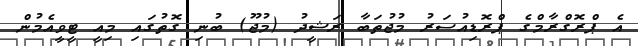
އެ ޕްރޮގްރާމްގެ ޕްރޮޑިއުސަރު މުޖުތަބާ ރަޝީދު (މުޖޫ) ބުނި ގޮތުގައި މިއީ ޓީވީއެމުން